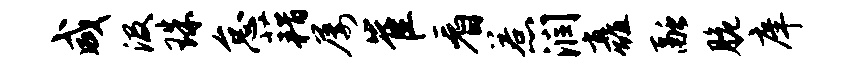
咸汲珠怠藉屡崔看惹润矗融脆庠